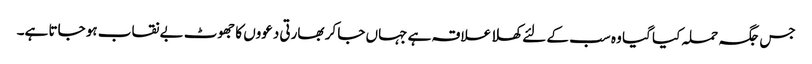
جس جگہ حملہ کیا گیا وہ سب کے لئے کھلا علاقہ ہے جہاں جا کر بھارتی دعووں کا جھوٹ بے نقاب ہو جاتا ہے۔